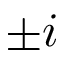
\pm i